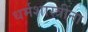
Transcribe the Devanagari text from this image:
धर्मशास्त्रींना